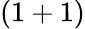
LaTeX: (1+1)